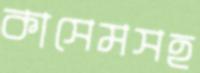
কাসেমসহ